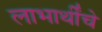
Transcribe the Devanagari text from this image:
लाभार्थींचे